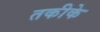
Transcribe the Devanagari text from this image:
तकीके